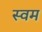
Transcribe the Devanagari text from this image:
स्वम